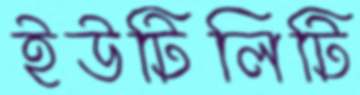
ইউটিলিটি